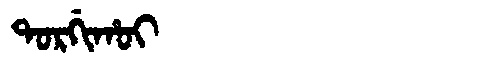
Manchu: ᡨᠣᡵᡤᡳᡥᠣᡳ
Romanization: TORGIHOI